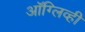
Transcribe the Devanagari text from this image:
ऑग्लिव्ही